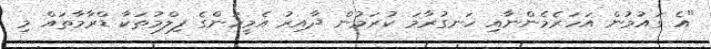
"އެ ގައުމުން އަހަރެމެންނާއި ހަނގުރާމަ ކުރަމުން ދާއިރު އެމީހުންގެ ފިލްމުތަކާ ޑްރާމާތައް މި